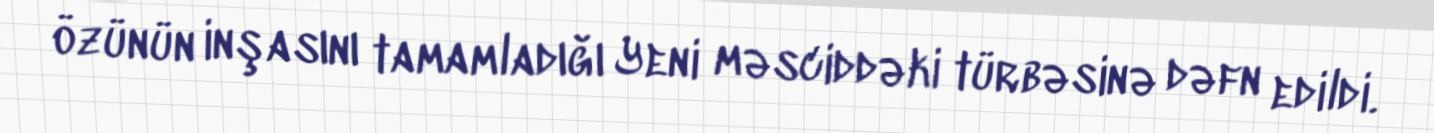
özünün inşasını tamamladığı Yeni məsciddəki türbəsinə dəfn edildi.